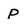
Character: P